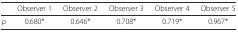
<table><thead><tr><td></td><td><b>Observer 1</b></td><td><b>Observer 2</b></td><td><b>Observer 3</b></td><td><b>Observer 4</b></td><td><b>Observer 5</b></td></tr></thead><tbody><tr><td>ρ</td><td>0.680*</td><td>0.646*</td><td>0.708*</td><td>0.719*</td><td>0.967*</td></tr></tbody></table>